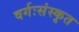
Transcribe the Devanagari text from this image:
वर्गःसंस्कृत